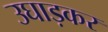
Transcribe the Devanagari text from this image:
उघाड़कर